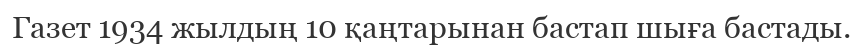
Газет 1934 жылдың 10 қаңтарынан бастап шыға бастады.